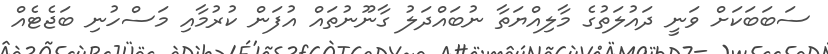
ސަބަބަކަށް ވަނީ ދައުލަތުގެ މާލިއްޔަތާ ނުބައްދަލު ގާނޫނުތައް އުފަން ކުރުމާއި މަސްހުނި ބަޖެޓެއް